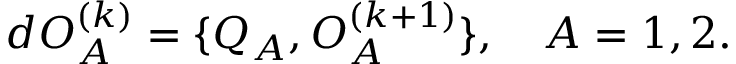
d { \cal O } _ { A } ^ { ( k ) } = \{ Q _ { A } , { \cal O } _ { A } ^ { ( k + 1 ) } \} , ~ ~ ~ A = 1 , 2 .